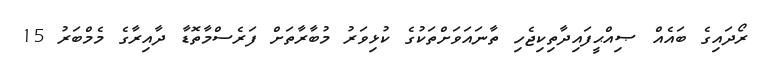
ރޯދައިގެ ބައެއް ޞިއްޙީފައިދާތިކިޖެހި ތާނައަވަށްތަކުގެ ކުޅިވަރު މުބާރާތަށް ފަރެސްމާތޮޑާ ދާއިރާގެ މެމްބަރު 15